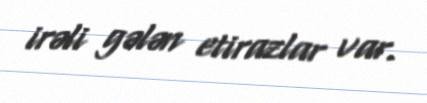
irəli gələn etirazlar var.